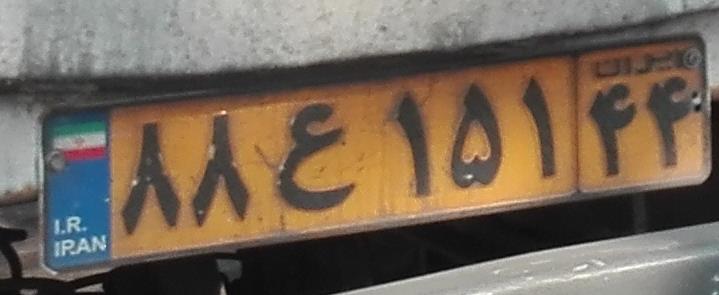
۸۸ع۱۵۱۴۴